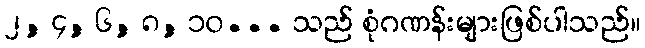
၂, ၄, ၆, ၈, ၁၀... သည် စုံဂဏန်းများဖြစ်ပါသည်။